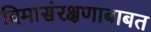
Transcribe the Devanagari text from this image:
विमासंरक्षणाबाबत